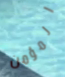
المؤمن